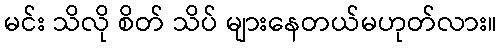
မင်း သိလို စိတ် သိပ် များနေတယ်မဟုတ်လား။